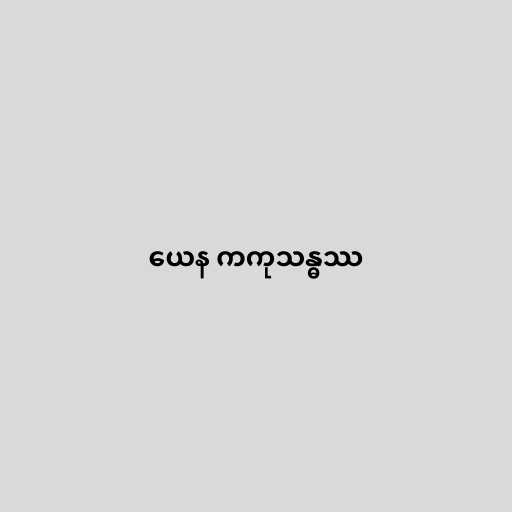
ယေန ကကုသန္ဓဿ